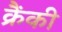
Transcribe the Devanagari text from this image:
क्रैंकी